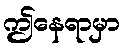
ဤနေရာမှာ